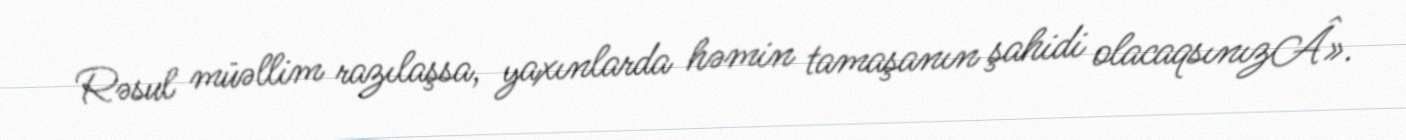
Rəsul müəllim razılaşsa, yaxınlarda həmin tamaşanın şahidi olacaqsınızÂ».